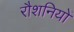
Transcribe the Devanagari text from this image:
रौशनियों